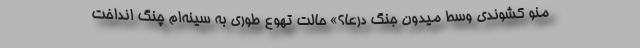
منو کشوندی وسط میدون جنگ درعا؟» حالت تهوع طوری به سینه‌ام چنگ انداخت